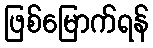
ဖြစ်မြောက်ရန်